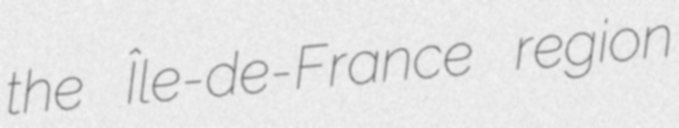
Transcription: the Île-de-France region